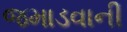
જમાડવાની